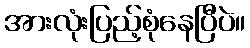
အားလုံးပြည့်စုံနေပြီပဲ။